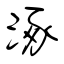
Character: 涿